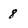
Character: 8